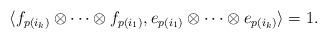
LaTeX: \begin{align*}\langle f_{p(i_{k})} \otimes \cdots\otimes f_{p(i_{1})}, e_{p(i_{1})} \otimes \cdots \otimes e_{p(i_{k})}\rangle = 1.\end{align*}